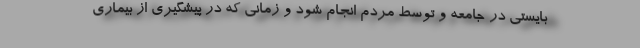
بایستی در جامعه و توسط مردم انجام شود و زمانی که در پیشگیری از بیماری